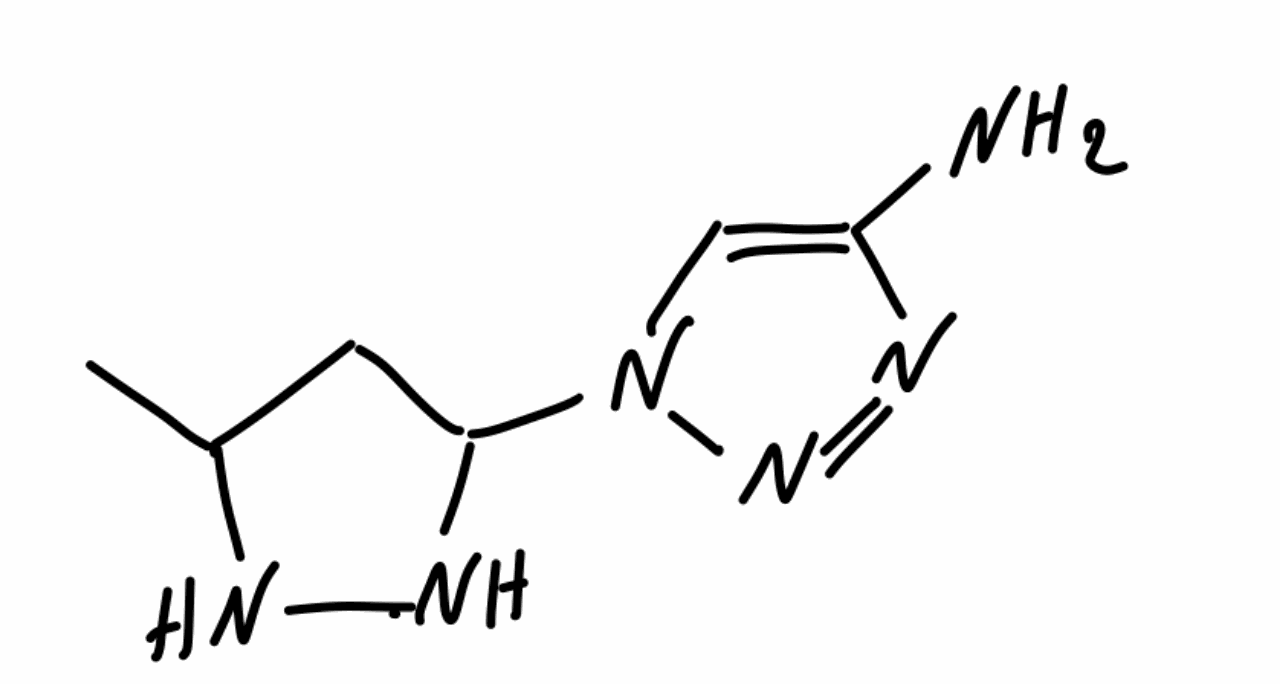
Simplified molecular-input line-entry system (SMILES) notation of the given molecule:
CC1CC(NN1)N2C=C(N=N2)N